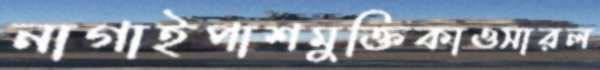
নাগাইপাশমুক্তিকাওসারল